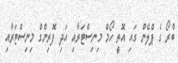
ބްރޯ ގެ ޕްލޭން ގައި އޮތީ ހޯމް މިނިސްޓަރާއި އަދި ފޮރިންގް މިނިސްޓަރާއި